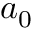
a _ { 0 }